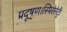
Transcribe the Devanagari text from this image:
प्रदूषण।स्पिरोमेट्री